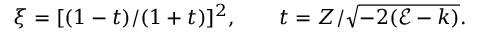
\begin{array} { r } { \xi = [ ( 1 - t ) / ( 1 + t ) ] ^ { 2 } , \qquad t = Z / \sqrt { - 2 ( \mathcal { E } - k ) } . } \end{array}